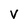
Character: V